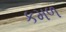
કમળ